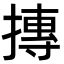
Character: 摶